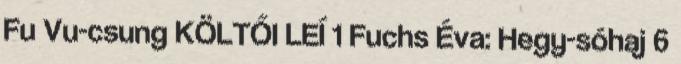
Fu Vu-csung KÖLTŐI LEÍ 1 Fuchs Éva: Hegy-sóhaj 6